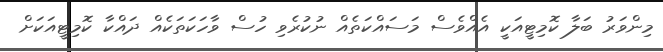
މިންވަރު ބަލާ ކޮމިޓީއަކީ އެއްވެސް މަސައްކަތެއް ނުކުރެވި ހުސް ވާހަކަތަކެއް ދައްކާ ކޮމިޓީއަކަށް